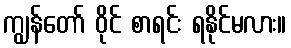
ကျွန်တော် ဝိုင် စာရင်း ရနိုင်မလား။